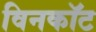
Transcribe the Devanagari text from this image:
विनकॉट